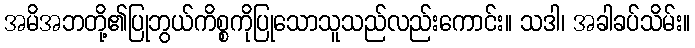
အမိအဘတို့၏ပြုဘွယ်ကိစ္စကိုပြုသောသူသည်လည်းကောင်း။ သဒါ၊ အခါခပ်သိမ်း။